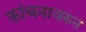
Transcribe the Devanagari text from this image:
कांचनावरुन